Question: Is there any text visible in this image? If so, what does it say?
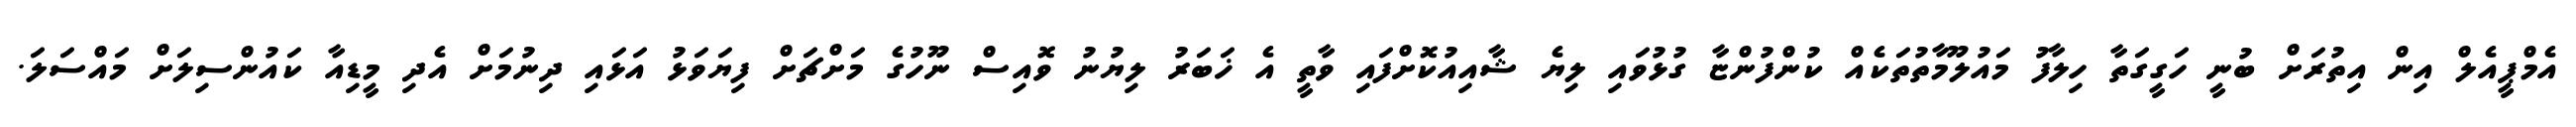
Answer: އެމްޕީއެލް އިން އިތުރަށް ބުނީ ހަގީގަތާ ހިލާފު މައުލޫމާތުތަކެއް ކުންފުންޏާ ގުޅުވައި ލިޔެ ޝާއިއުކޮށްފައި ވާތީ އެ ޚަބަރު ލިޔުނު ވޮއިސް ނޫހުގެ މަށްޗަށް ފިޔަވަޅު އަޅައި ދިނުމަށް އެދި މީޑިއާ ކައުންސިލަށް މައްސަލަ.